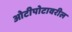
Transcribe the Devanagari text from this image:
ओटीपोटावरील